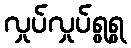
လှုပ်လှုပ်ရွရွ